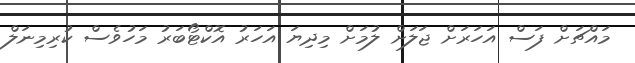
މައްޗަށް ފަސް އަހަރަށް ޖަލަށް ލުމަށް މިދިޔަ އަހަރު އޮކްޓޯބަރު މަހުވެސް ކުރިމިނަލް